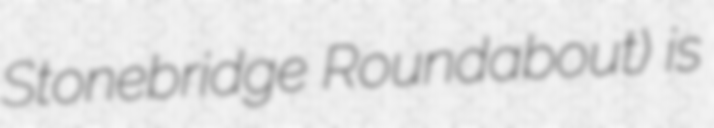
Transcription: Stonebridge Roundabout) is